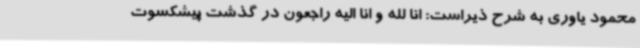
محمود یاوری به شرح ذیراست: انا لله و انا الیه راجعون در گذشت پیشکسوت